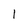
Character: 1